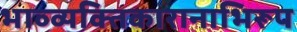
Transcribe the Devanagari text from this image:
भाव्व्यक्तिकारानाभिरूप